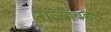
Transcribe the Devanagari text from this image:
राज्याबद्दल